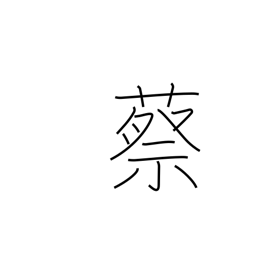
Meaning: type of tortoise used for divination